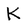
Character: K